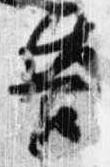
告